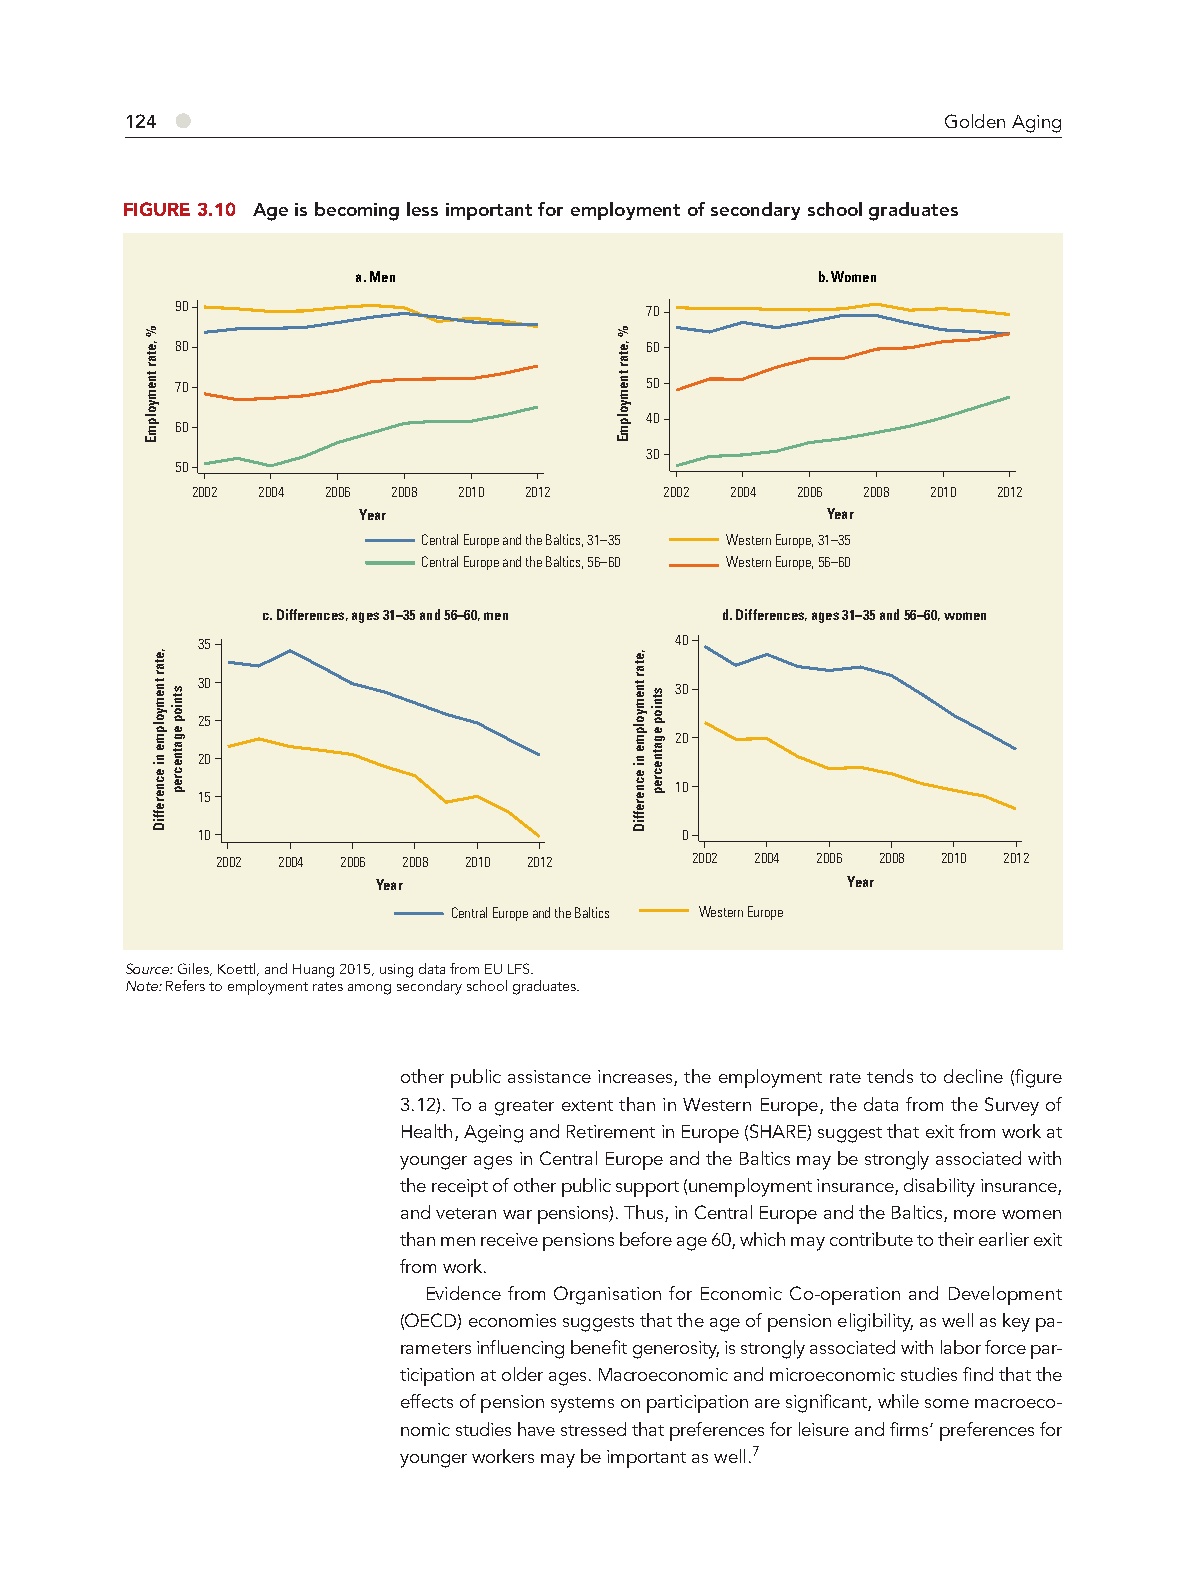
●
 124                                                    Golden Aging
 FIGURE 3.10 Age is becoming less important for employment of secondary school graduates
 a. Men                        b. Women
 90                             70
 80                             60
 70                             50
 40
 60
 30
 50
 2002 2004 2006 2008 2010 2012  2002 2004 2006 2008 2010 2012
 Year                           Year
 Central Europe and the Baltics, 31–35 Western Europe, 31–35
 Central Europe and the Baltics, 56–60 Western Europe, 56–60
 c. Differences, ages 31–35 and 56–60, men d. Differences, ages 31–35 and 56–60, women
 35                              40
 30                              30
 25
 20
 20
 10
 15
 10                              0
 2002 2004 2006 2008 2010 2012   2002 2004 2006 2008 2010 2012
 Year                           Year
 Central Europe and the Baltics Western Europe
 Source: Giles, Koettl, and Huang 2015, using data from EU LFS.
 Note: Refers to employment rates among secondary school graduates.
 other public assistance increases, the employment rate tends to decline (figure
 3.12). To a greater extent than in Western Europe, the data from the Survey of
 Health, Ageing and Retirement in Europe (SHARE) suggest that exit from work at
 younger ages in Central Europe and the Baltics may be strongly associated with
 the receipt of other public support (unemployment insurance, disability insurance,
 and veteran war pensions). Thus, in Central Europe and the Baltics, more women
 than men receive pensions before age 60, which may contribute to their earlier exit
 from work.
 Evidence from Organisation for Economic Co-operation and Development
 (OECD) economies suggests that the age of pension eligibility, as well as key pa-
 rameters influencing benefit generosity, is strongly associated with labor force par-
 ticipation at older ages. Macroeconomic and microeconomic studies find that the
 effects of pension systems on participation are significant, while some macroeco-
 nomic studies have stressed that preferences for leisure and firms’ preferences for
 younger workers may be important as well.7
 %
 ,etar
 tnemyolpmE
 ,etar
 tnemyolpme
 ni
 ecnereffiD
 stniop
 egatnecrep
 %
 ,etar
 tnemyolpmE
 ,etar
 tnemyolpme
 ni
 ecnereffiD
 stniop
 egatnecrep